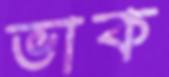
ভাক